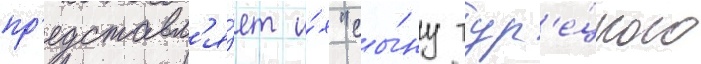
пр'едставл'я́ет и́х "сы́ну тур'е́цкого